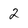
Character: 2